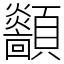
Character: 顲